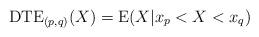
LaTeX: \begin{align*} \mathrm{DTE}_{(p,q)}(X)=\mathrm{E}(X|x_{p}<X<x_{q}) \end{align*}